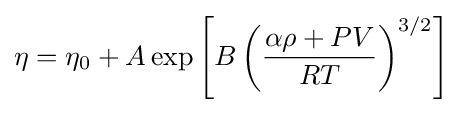
\eta =\eta _{0}+A\exp \left[B\left({\frac {\alpha \rho +PV}{RT}}\right)^{3/2}\right]